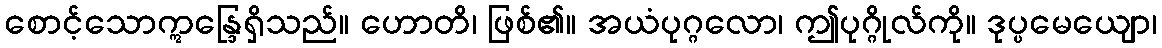
စောင့်သောဣန္ဒြေရှိသည်။ ဟောတိ၊ ဖြစ်၏။ အယံပုဂ္ဂလော၊ ဤပုဂ္ဂိုလ်ကို။ ဒုပ္ပမေယျော၊